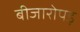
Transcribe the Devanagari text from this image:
बीजारोपड़